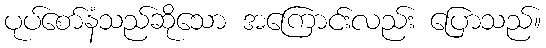
ပုပ်စော်နံသည်ဆိုသော အကြောင်းလည်း ပြောသည်။